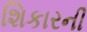
શિકારની